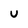
Character: u